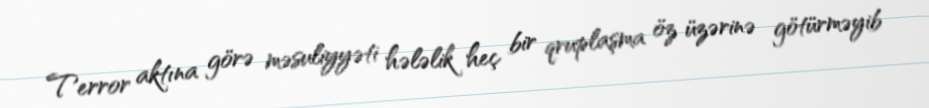
Terror aktına görə məsuliyyəti hələlik heç bir qruplaşma öz üzərinə götürməyib